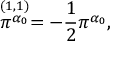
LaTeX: \stackrel { ( 1 , 1 ) } { \pi ^ { \alpha _ { 0 } } } = - { \frac { 1 } { 2 } } \pi ^ { \alpha _ { 0 } } ,